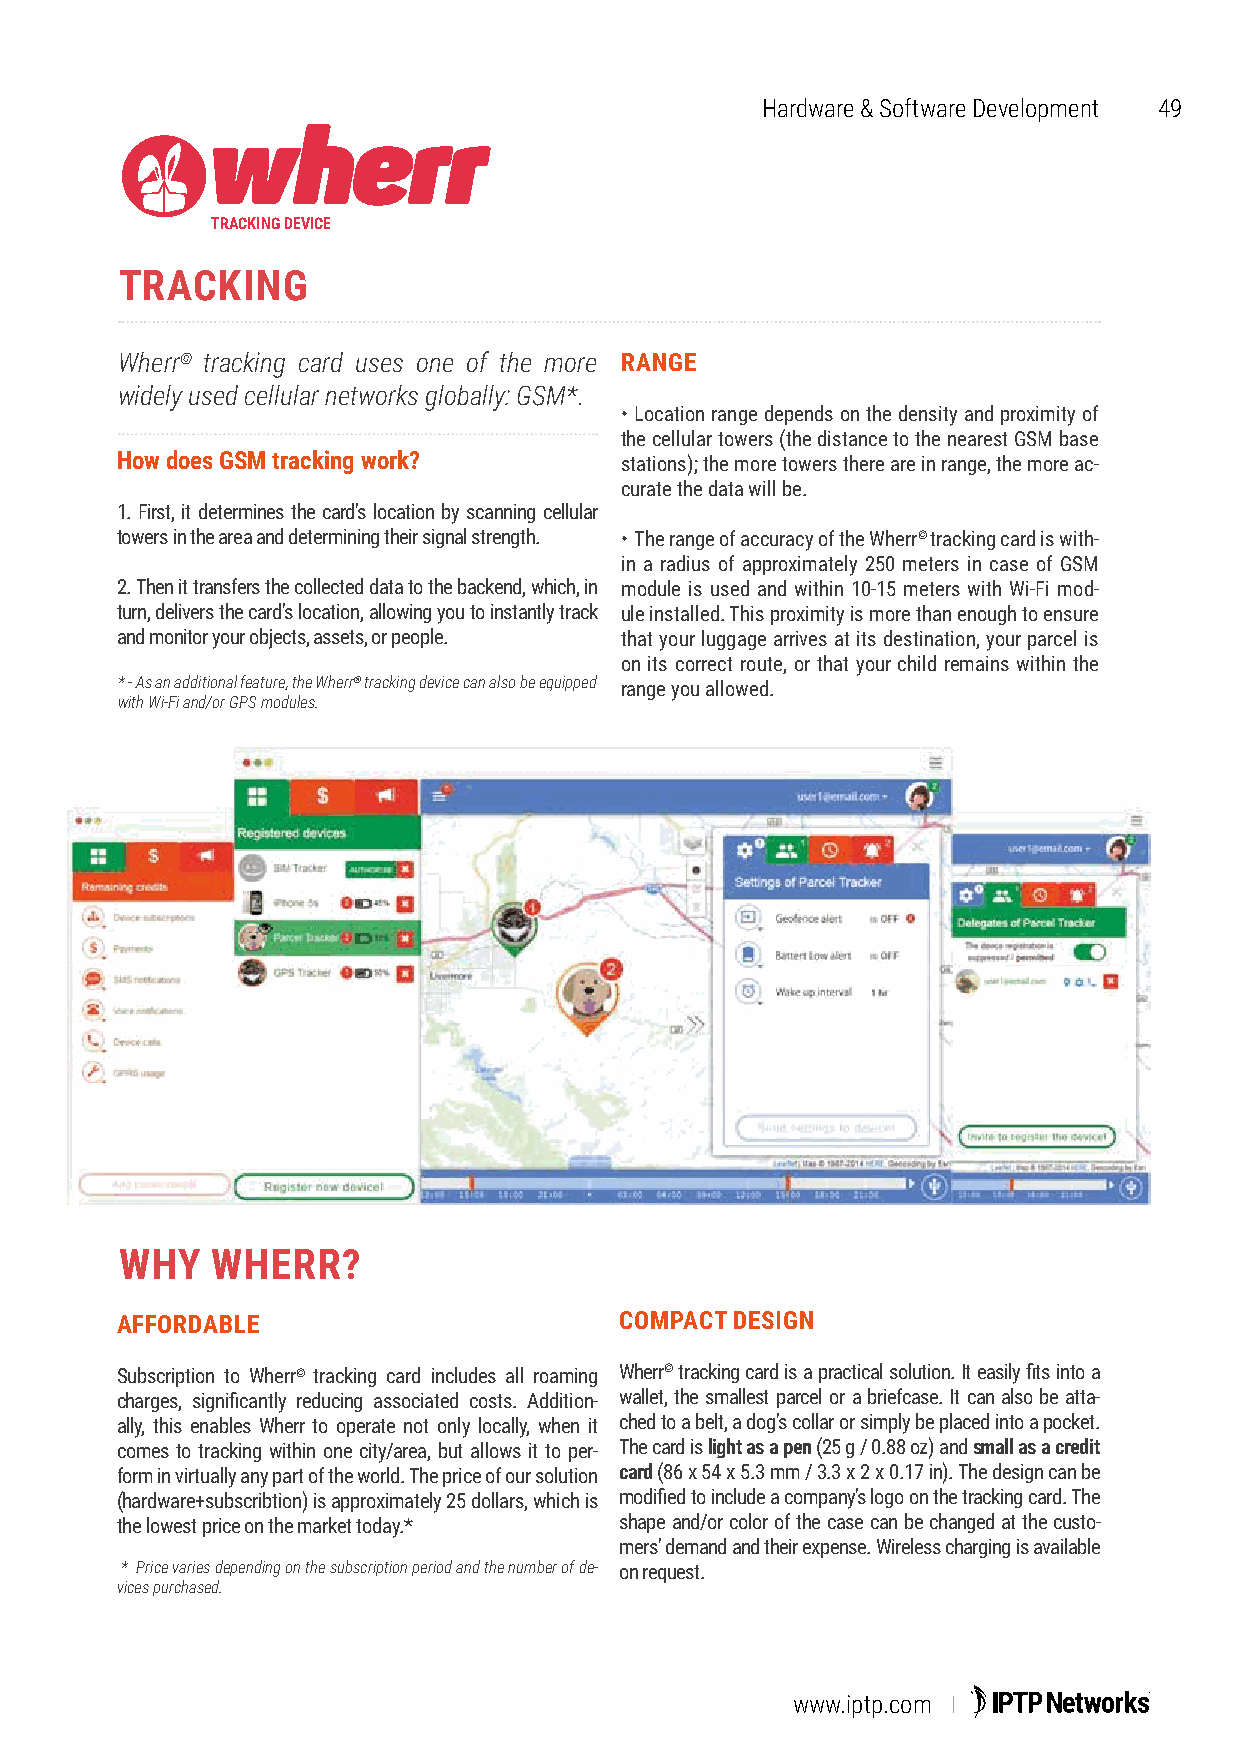
Hardware & Software Development 49
 TRACKING DEVICE
 TRACKING
 Wherr© tracking card uses one of the more RANGE
 widely used cellular networks globally: GSM*.
 • Location range depends on the density and proximity of
 the cellular towers (the distance to the nearest GSM base
 How does GSM tracking work?      stations); the more towers there are in range, the more ac-
 curate the data will be.
 1. First, it determines the card's location by scanning cellular
 towers in the area and determining their signal strength. • The range of accuracy of the Wherr© tracking card is with-
 in a radius of approximately 250 meters in case of GSM
 2. Then it transfers the collected data to the backend, which, in module is used and within 10-15 meters with Wi-Fi mod-
 turn, delivers the card's location, allowing you to instantly track ule installed. This proximity is more than enough to ensure
 and monitor your objects, assets, or people. that your luggage arrives at its destination, your parcel is
 on its correct route, or that your child remains within the
 * - As an additional feature, the Wherr® tracking device can also be equipped range you allowed.
 with Wi-Fi and/or GPS modules.
 WHY   WHERR?
 AFFORDABLE                       COMPACT DESIGN
 Subscription to Wherr© tracking card includes all roaming Wherr© tracking card is a practical solution. It easily fits into a
 charges, significantly reducing associated costs. Addition- wallet, the smallest parcel or a briefcase. It can also be atta-
 ally, this enables Wherr to operate not only locally, when it ched to a belt, a dog's collar or simply be placed into a pocket.
 comes to tracking within one city/area, but allows it to per- The card is light as a pen (25 g / 0.88 oz) and small as a credit
 form in virtually any part of the world. The price of our solution card (86 x 54 x 5.3 mm / 3.3 x 2 x 0.17 in). The design can be
 (hardware+subscribtion) is approximately 25 dollars, which is modified to include a company's logo on the tracking card. The
 the lowest price on the market today.* shape and/or color of the case can be changed at the custo-
 mers' demand and their expense. Wireless charging is available
 * Price varies depending on the subscription period and the number of de- on request.
 vices purchased.
 www.iptp.com